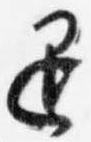
退